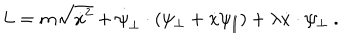
L = m \sqrt { \dot { x } ^ { 2 } } + \dot { \psi } _ { \perp } \cdot ( \psi _ { \perp } + \dot { x } \psi _ { \parallel } ) + \lambda \dot { x } \cdot \psi _ { \perp } \ .